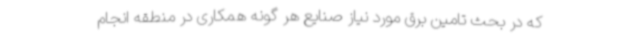
که در بحث تامین برق مورد نیاز صنایع هر گونه همکاری در منطقه انجام